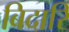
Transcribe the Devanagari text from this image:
बिदारि